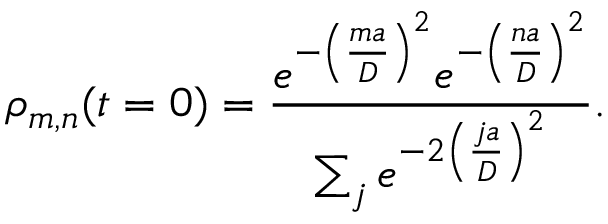
\rho _ { m , n } ( t = 0 ) = \frac { e ^ { - \left( \frac { m a } { D } \right) ^ { 2 } } e ^ { - \left( \frac { n a } { D } \right) ^ { 2 } } } { \sum _ { j } e ^ { - 2 \left( \frac { j a } { D } \right) ^ { 2 } } } .